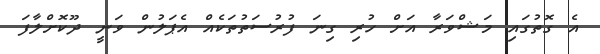
އެ ގޮތުގައި މަޝްވަރާ އަށް ހުރި ގިނަ ފުރުސަތުތަކެއް އެޕަލުން ވަނީ ދޫކޮށްލާފަ